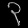
Digit: ၃